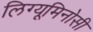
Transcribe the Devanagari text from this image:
लिग्यूमिनोसी